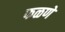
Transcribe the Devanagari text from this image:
फळणे